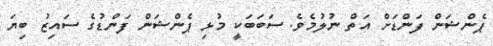
ޕެންޝަން ފަންޑަށް އަތް ނުލުމެވެ. ސަބަބަކީ މުޅި ޕެންޝަން ފަންޑުގެ ސައިޒު ބިޔަ